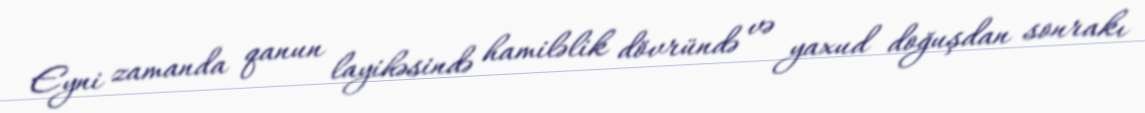
Eyni zamanda qanun layihəsində hamiləlik dövründə və yaxud doğuşdan sonrakı